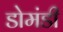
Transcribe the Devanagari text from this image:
डोमंडी